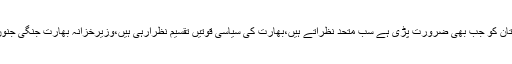
پاکستان سیاسی قوتیں متحد نظرآرہی ہیں،پاکستان کو جب بھی ضرورت پڑی ہے سب متحد نظرآتے ہیں،بھارت کی سیاسی قوتیں تقسیم نظرآرہی ہیں،وزیرخزانہ بھارت جنگی جنون میں مبتلااورپاکستان کودھمکیاں دےرہاہے۔